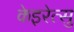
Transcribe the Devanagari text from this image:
केइरेत्सु